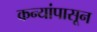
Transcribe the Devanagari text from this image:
कन्यांपासून